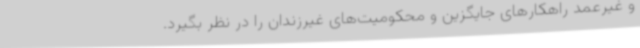
و غیرعمد راهکارهای جایگزین و محکومیت‌های غیرزندان را در نظر بگیرد.